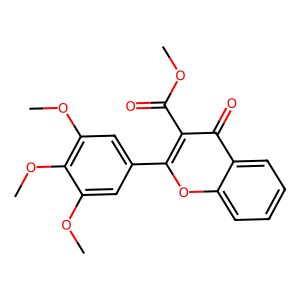
SMILES: COC(=O)c1c(-c2cc(OC)c(OC)c(OC)c2)oc2ccccc2c1=O
Inhibits HIV replication: No